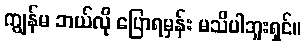
ကျွန်မ ဘယ်လို ပြောရမှန်း မသိပါဘူးရှင်။